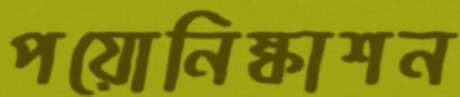
পয়োনিষ্কাশন